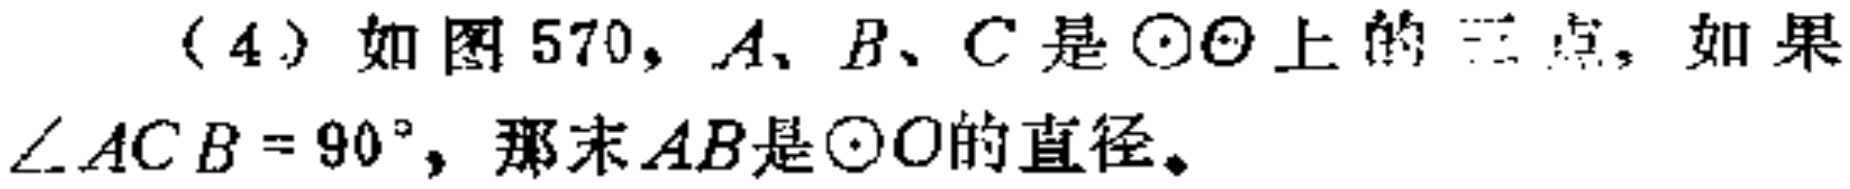
（4）如图570，$A、B、C$是$\odot O$上的三点，如果$\angle ACB = 90^{\circ}$，那末$AB$是$\odot O$的直径。